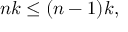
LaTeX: n k \leq ( n - 1 ) k ,